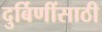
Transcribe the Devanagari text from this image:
दुर्बिणींसाठी